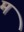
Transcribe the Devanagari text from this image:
मं॑